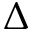
\Delta